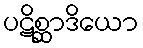
ပဋိစ္ဆာဒိယော